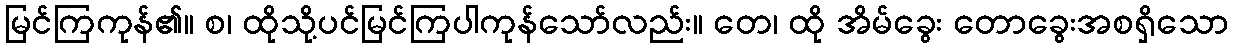
မြင်ကြကုန်၏။ စ၊ ထိုသို့ပင်မြင်ကြပါကုန်သော်လည်း။ တေ၊ ထို အိမ်ခွေး တောခွေးအစရှိသော